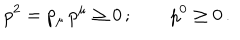
LaTeX: p ^ { 2 } = p _ { \mu } \, p ^ { \mu } \ge 0 \, ; \qquad p ^ { 0 } \ge 0 \, .